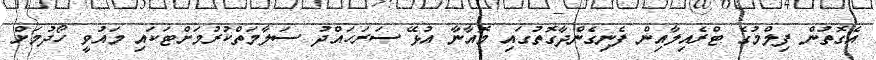
އެގޮތުން ފިލްމުގެ ޓްރެއިލާއިން ފެނިގެންދާގޮތުގައި މޮއާނާ އުޅޭ ސަރަހައްދު ސަލާމަތްކުރުމަށްޓަކައި މައުވީ ހޯދުމަށް